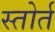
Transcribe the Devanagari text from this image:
स्तोर्त